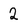
Character: 2